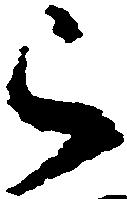
被